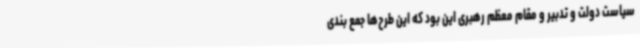
سیاست دولت و تدبیر و مقام معظم رهبری این بود که این طرح‌ها جمع بندی